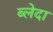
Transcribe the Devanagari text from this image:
ब्लेदा